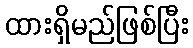
ထားရှိမည်ဖြစ်ပြီး